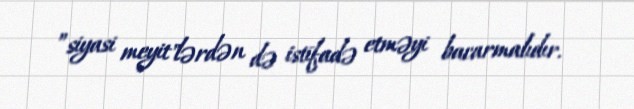
”siyasi meyit"lərdən də istifadə etməyi bacarmalıdır.